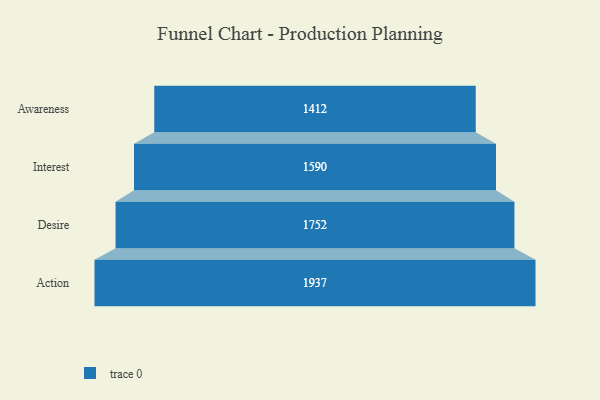
{"axis": {"x": "Stage", "y": "Value"}, "legend": [""], "data": [{"x": "Awareness", "y": 1412.0, "type": ""}, {"x": "Interest", "y": 1590.0, "type": ""}, {"x": "Desire", "y": 1752.0, "type": ""}, {"x": "Action", "y": 1937.0, "type": ""}]}